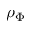
\rho _ { \Phi }